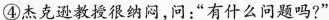
④杰克教授很纳闷，问：“有什么问题吗?